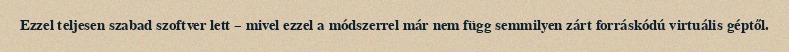
Ezzel teljesen szabad szoftver lett – mivel ezzel a módszerrel már nem függ semmilyen zárt forráskódú virtuális géptől.